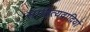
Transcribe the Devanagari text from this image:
साहित्यवादियों